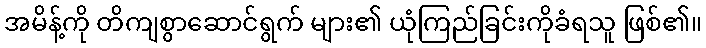
အမိန့်ကို တိကျစွာဆောင်ရွက် များ၏ ယုံကြည်ခြင်းကိုခံရသူ ဖြစ်၏။